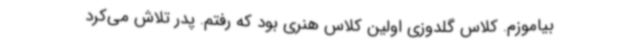
بیاموزم. کلاس گلدوزی اولین کلاس هنری بود که رفتم. پدر تلاش می‌کرد